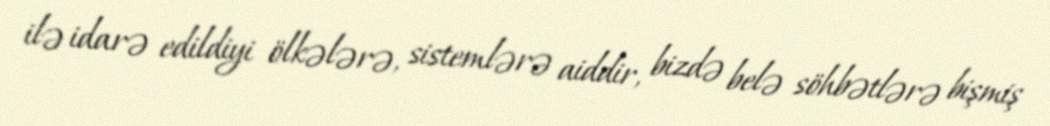
ilə idarə edildiyi ölkələrə, sistemlərə aiddir, bizdə belə söhbətlərə bişmiş